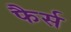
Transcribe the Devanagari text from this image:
फैर्स